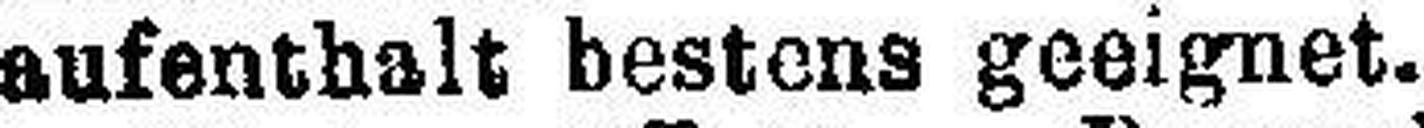
aufenthalt bestens geeignet.